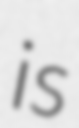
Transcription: is